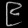
Digit: ၉